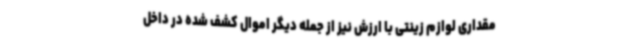
مقداری لوازم زینتی با ارزش نیز از جمله دیگر اموال کشف شده در داخل